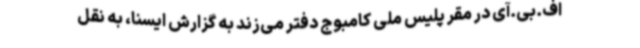
اف.بی.آی در مقر پلیس ملی کامبوج دفتر می‌زند به گزارش ایسنا، به نقل